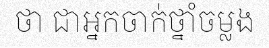
ថា ជាអ្នកចាក់ថ្នាំចម្លង